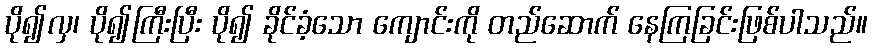
ပို၍လှ၊ ပို၍ကြီးပြီး ပို၍ ခိုင်ခံ့သော ကျောင်းကို တည်ဆောက် နေကြခြင်းဖြစ်ပါသည်။